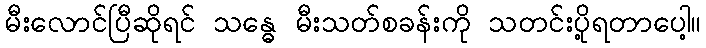
မီးလောင်ပြီဆိုရင် သန္ဓေ မီးသတ်စခန်းကို သတင်းပို့ရတာပေါ့။